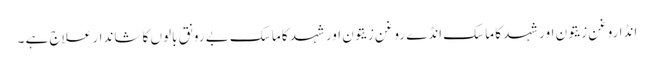
انڈا روغن زیتون اور شہد کا ماسک انڈے روغن زیتون اور شہد کا ماسک بے رونق بالوں کا شاندار علاج ہے ۔